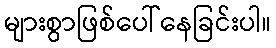
များစွာဖြစ်ပေါ်နေခြင်းပါ။